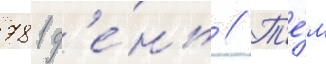
781 д'е́нь // Т'е́м